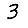
Digit: 3